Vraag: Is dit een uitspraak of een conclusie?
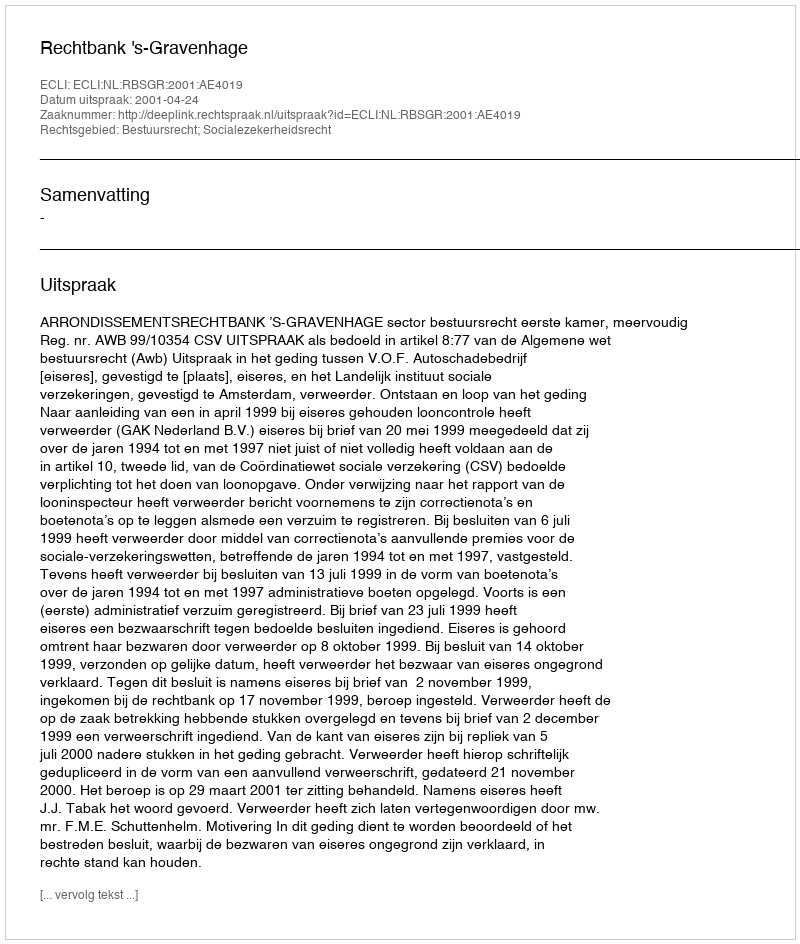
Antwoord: Uitspraak